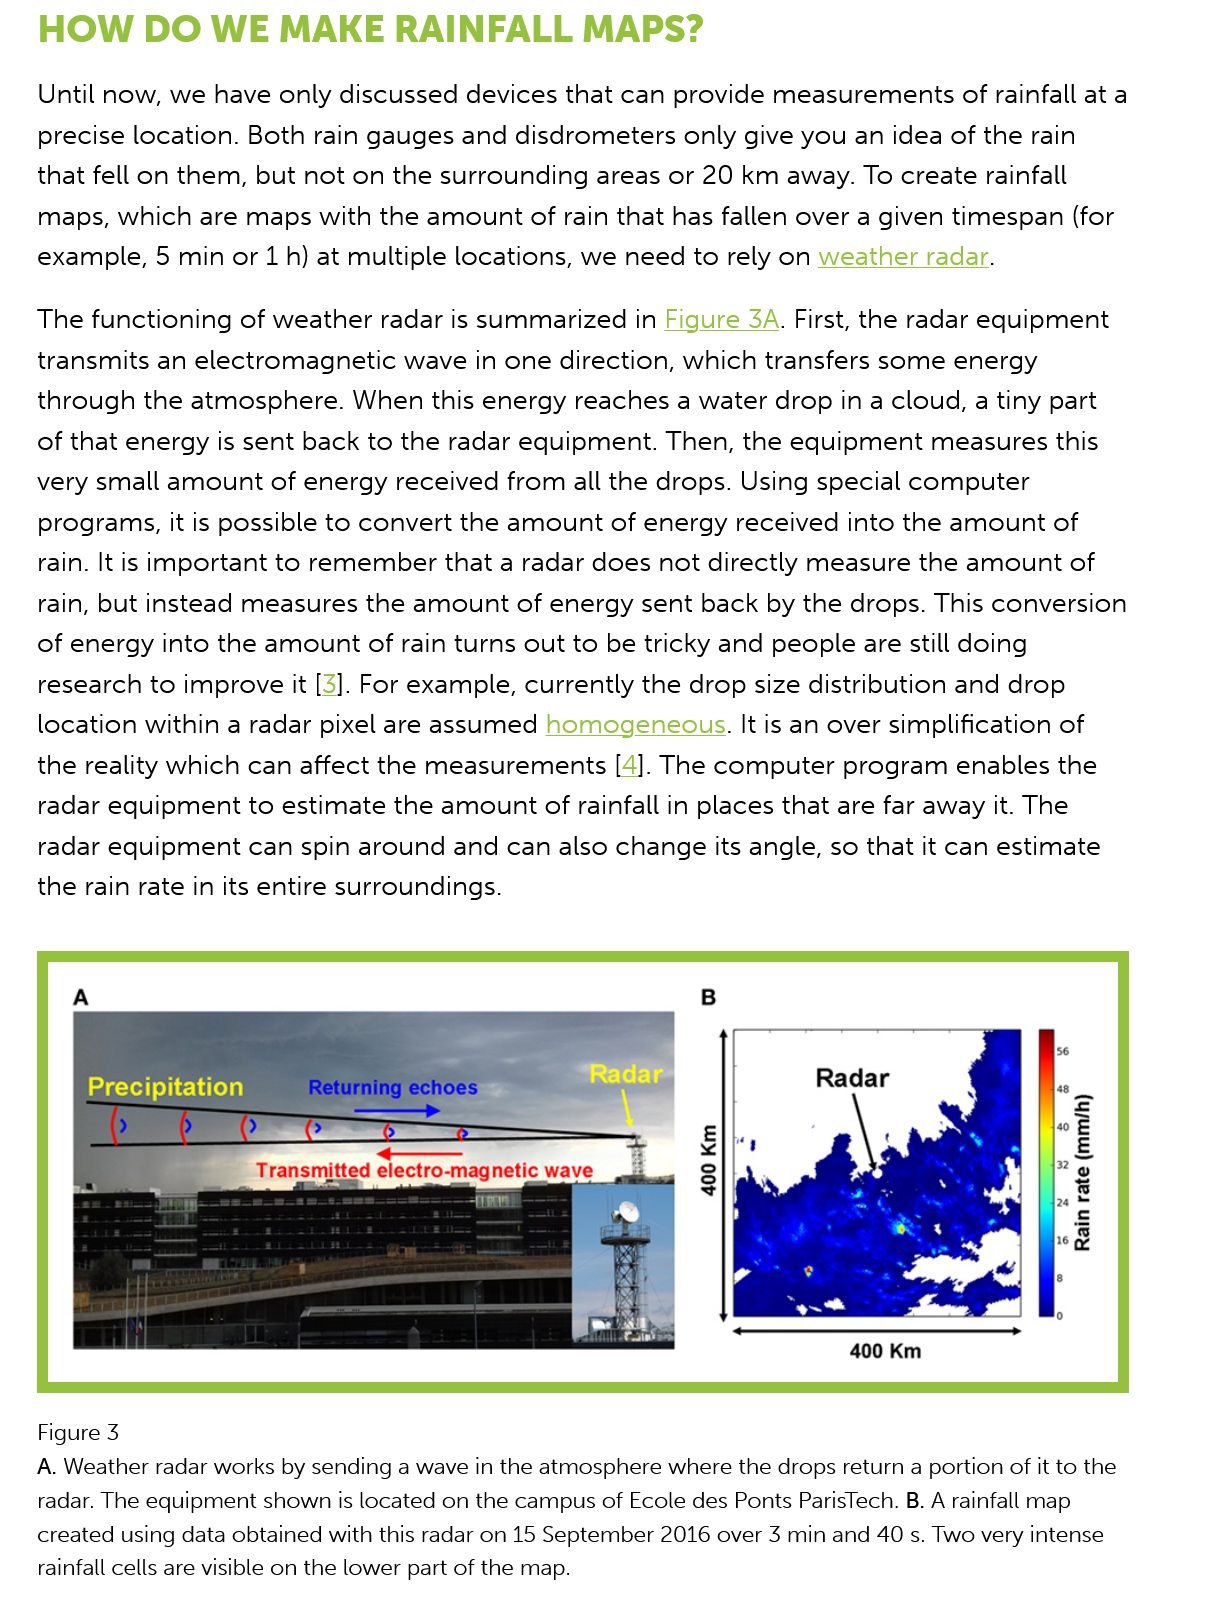
HOW    DO   WE   MAKE   RAINFALL    MAPS?
    Until now, we have only discussed devices that can provide measurements of rainfall at a
    precise location. Both rain gauges and disdrometers only give you an idea of the rain
   that fell on them, but not on the surrounding areas or 20 km away. To create rainfall
    maps, which are maps with the amount of rain that has fallen over a given timespan (for
   example,  5 min or 1h) at multiple locations, we need to rely on weather radar.
   The  functioning of weather radar is summarized in Figure 3A. First, the radar equipment

   transmits an electromagnetic wave in one direction, which transfers some energy
   through  the atmosphere. When  this energy reaches a water drop in a cloud, a tiny part
   of that energy is sent back to the radar equipment. Then, the equipment measures this
   very small amount  of energy received from all the drops. Using special computer
    programs, it is possible to convert the amount of energy received into the amount of
    rain. It is important to remember that a radar does not directly measure the amount of
    rain, but instead measures the amount of energy sent back by the drops. This conversion
   of energy into the amount of rain turns out to be tricky and people are still doing
    research to improve it [3]. For example, currently the drop size distribution and drop
    location within a radar pixel are assumed homogeneous. It is an over simplification of
   the reality which can affect the measurements [4]. The computer program enables the
    radar equipment to estimate the amount of rainfall in places that are far away it. The
    radar equipment can spin around and can also change its angle, so that it can estimate
   the rain rate in its entire surroundings.
     Precipitation    Returning echoes
     aT    Radar
     400 Km
    Figure 3
   A. Weather radar works by sending a wave in the atmosphere where the drops return a portion of it to the
    radar. The equipment shown is located on the campus of Ecole des Ponts ParisTech. B. A rainfall map
   created using data obtained with this radar on 15 September 2016 over 3 min and 40 s. Two very intense
    rainfall cells are visible on the lower part of the map.
     (yuu)
     ayes
     urey
     wy
     007